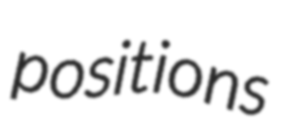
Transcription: positions